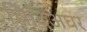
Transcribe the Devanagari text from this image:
चिदिअघर